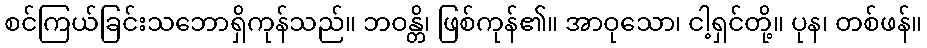
စင်ကြယ်ခြင်းသဘောရှိကုန်သည်။ ဘဝန္တိ၊ ဖြစ်ကုန်၏။ အာဝုသော၊ ငါ့ရှင်တို့။ ပုန၊ တစ်ဖန်။